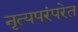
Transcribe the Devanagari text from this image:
नृत्यपरंपरेत